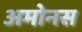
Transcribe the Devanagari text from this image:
अमोनस